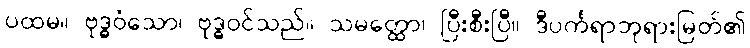
ပထမ။ ဗုဒ္ဓဝံသော၊ ဗုဒ္ဓဝင်သည်။ သမတ္ထော၊ ပြီးစီးပြီ။ ဒီပင်္ကရာဘုရားမြတ်၏